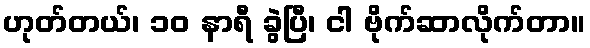
ဟုတ်တယ်၊ ၁၀ နာရီ ခွဲပြီ၊ ငါ ဗိုက်ဆာလိုက်တာ။